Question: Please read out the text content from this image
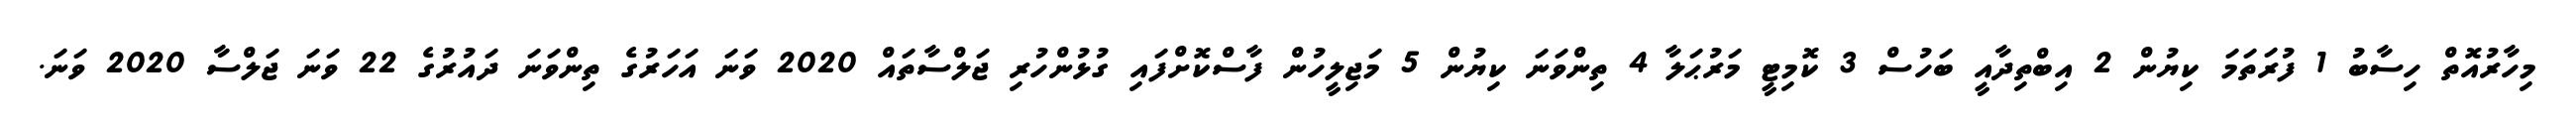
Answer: މިހާރުއޮތް ހިސާބު 1 ފުރަތަމަ ކިޔުން 2 އިބްތިދާއީ ބަހުސް 3 ކޮމިޓީ މަރުޙަލާ 4 ތިންވަނަ ކިޔުން 5 މަޖިލީހުން ފާސްކޮށްފައި ގުޅުންހުރި ޖަލްސާތައް 2020 ވަނަ އަހަރުގެ ތިންވަނަ ދައުރުގެ 22 ވަނަ ޖަލްސާ 2020 ވަނަ.